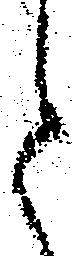
た